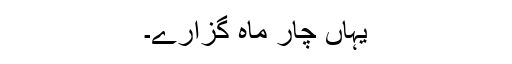
یہاں چار ماہ گزارے۔